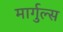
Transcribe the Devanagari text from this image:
मार्गुल्स